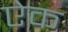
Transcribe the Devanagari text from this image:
एेक